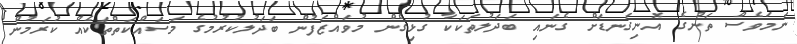
ނަމަވެސް ތަނުގެ އޮނިގަނޑަށް ގެނައި ބަދަލުތަކަކާ ގުޅިގެން މުވައްޒަފުން ބަދަލުކުރުމުގެ މަސައްކަތްތަކެއް ކުރަމުން